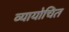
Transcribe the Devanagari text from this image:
व्यायोचित